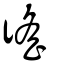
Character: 徭